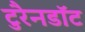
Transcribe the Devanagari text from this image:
टुरैनडॉट